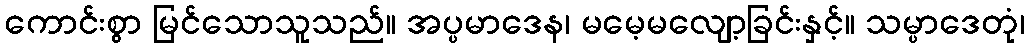
ကောင်းစွာ မြင်သောသူသည်။ အပ္ပမာဒေန၊ မမေ့မလျော့ခြင်းနှင့်။ သမ္ပာဒေတုံ၊